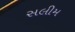
સલીમ